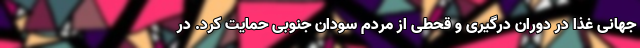
جهانی غذا در دوران درگیری و قحطی از مردم سودان جنوبی حمایت کرد. در